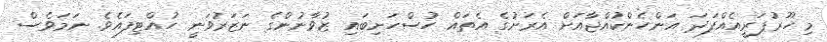
މި ހޫރުޕަރީއެއްފަދަ އަންހެންކުއްޖާއަށް އެރަށުގެ އެތައް ހުސްހަށިބައި ޒުވާނުންގެ ނަޒަރުވަނީ ހުއްޓިފައެވެ. ނަމަވެސް